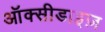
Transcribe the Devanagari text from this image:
ऑक्सीडाइज़